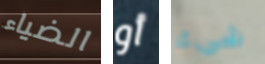
الضياء أو شيء